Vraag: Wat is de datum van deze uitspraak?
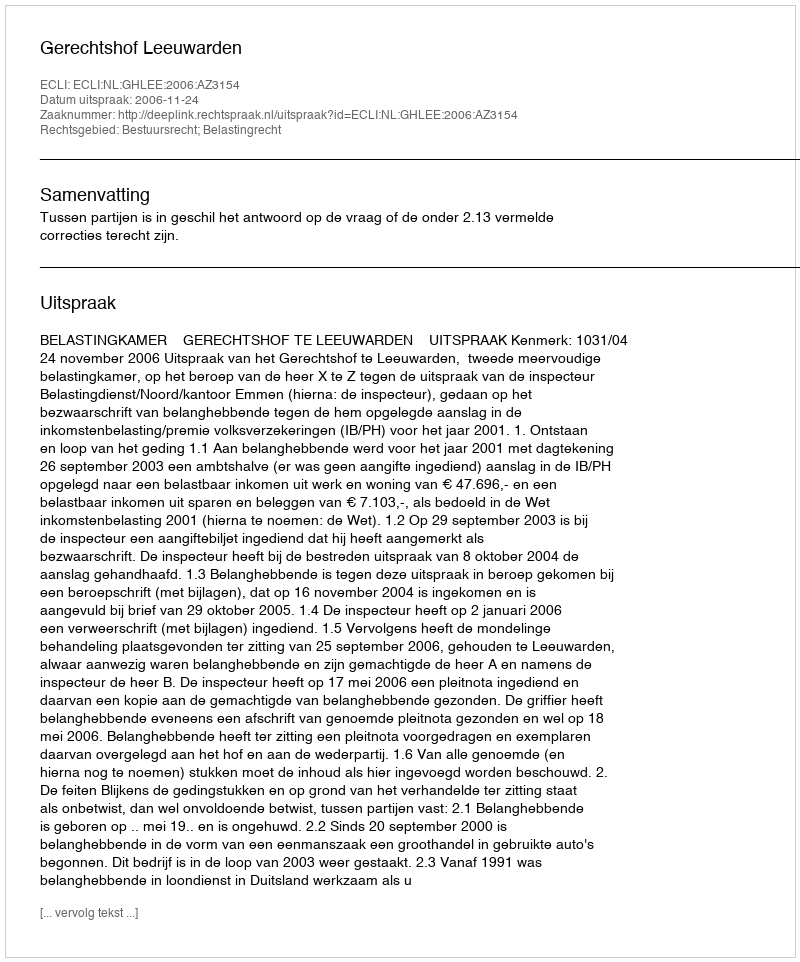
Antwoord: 2006-11-24